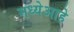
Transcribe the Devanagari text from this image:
मध्येआहे